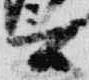
言